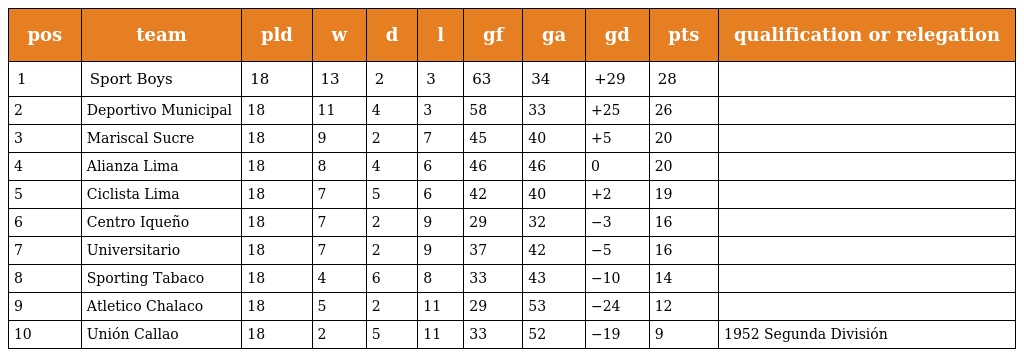
| pos | team | pld | w | d | l | gf | ga | gd | pts | qualification or relegation |
 | --- | --- | --- | --- | --- | --- | --- | --- | --- | --- | --- |
 | 1 | Sport Boys | 18 | 13 | 2 | 3 | 63 | 34 | +29 | 28 |  |
 | 2 | Deportivo Municipal | 18 | 11 | 4 | 3 | 58 | 33 | +25 | 26 |  |
 | 3 | Mariscal Sucre | 18 | 9 | 2 | 7 | 45 | 40 | +5 | 20 |  |
 | 4 | Alianza Lima | 18 | 8 | 4 | 6 | 46 | 46 | 0 | 20 |  |
 | 5 | Ciclista Lima | 18 | 7 | 5 | 6 | 42 | 40 | +2 | 19 |  |
 | 6 | Centro Iqueño | 18 | 7 | 2 | 9 | 29 | 32 | −3 | 16 |  |
 | 7 | Universitario | 18 | 7 | 2 | 9 | 37 | 42 | −5 | 16 |  |
 | 8 | Sporting Tabaco | 18 | 4 | 6 | 8 | 33 | 43 | −10 | 14 |  |
 | 9 | Atletico Chalaco | 18 | 5 | 2 | 11 | 29 | 53 | −24 | 12 |  |
 | 10 | Unión Callao | 18 | 2 | 5 | 11 | 33 | 52 | −19 | 9 | 1952 Segunda División |